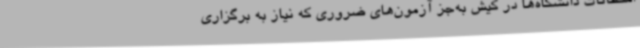
امتحانات دانشگاه‌ها در کیش به‌جز آزمون‌های ضروری که نیاز به برگزاری